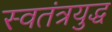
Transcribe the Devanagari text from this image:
स्वतंत्रयुद्ध